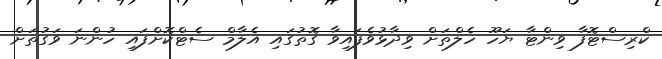
ކްރިސްޓޮފާ ވިންޓާ ޔަހޫ ހެލްތަށް ވިދާޅުވެފައިވާ ގޮތުގައި އެލާމް ސެޓްކޮށްފައި ހުންނަ ވަގުތަށް